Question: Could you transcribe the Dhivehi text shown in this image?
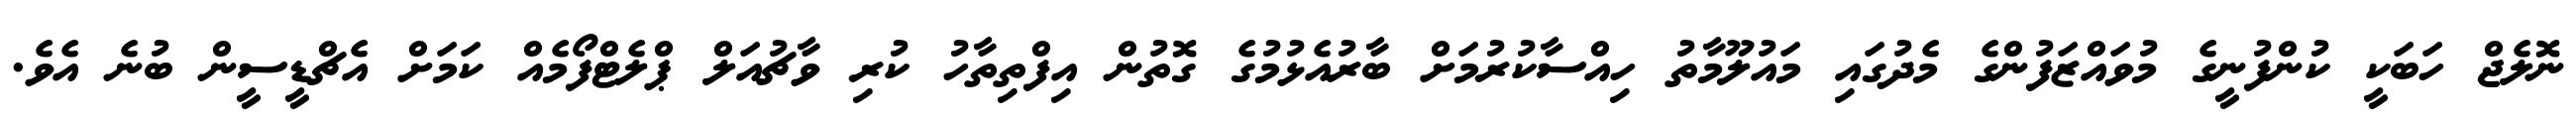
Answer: ނޮލެޖް ހަބަކީ ކުންފުނީގެ މުވައްޒަފުންގެ މެދުގައި މައުލޫމާތު ހިއްސާކުރުމަށް ބާރުއެޅުމުގެ ގޮތުން އިފްތިތާހު ކުރި ވާޗުއަލް ޕްލެޓްފޯމެއް ކަމަށް އެޗްޑީސީން ބުނެ އެވެ.